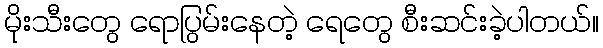
မိုးသီးတွေ ရောပြွမ်းနေတဲ့ ရေတွေ စီးဆင်းခဲ့ပါတယ်။